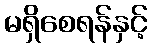
မရှိစေရန်နှင့်